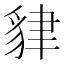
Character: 貄